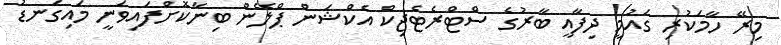
މިރޭ ހާމަކުރި ގައުމީ ދިފާއީ ބާރުގެ ސްޓްރެޓެޖިކް އެކްޝަން ޕްލޭން ބިނާކޮށްފައިވަނީ މައިގަނޑު